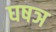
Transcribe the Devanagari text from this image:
घषञ